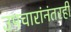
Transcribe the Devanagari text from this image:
उपचारांनंतरही